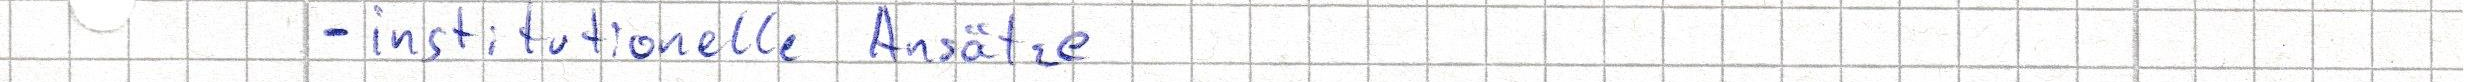
- institutionelle Ansätze